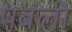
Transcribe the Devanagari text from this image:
पबलो